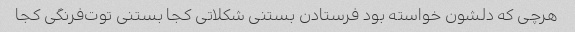
هرچی که دلشون خواسته بود فرستادن بستنی شکلاتی کجا بستنی توت‌فرنگی کجا